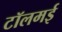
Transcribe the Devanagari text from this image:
टॉलमई